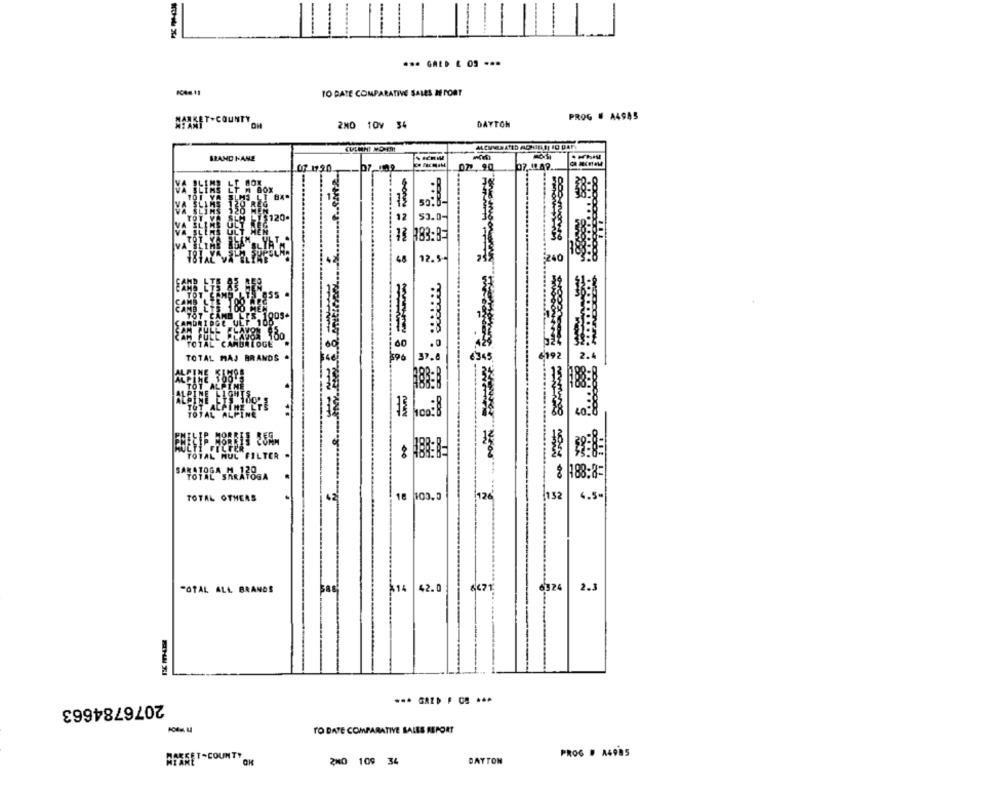
... GALD & 03 ...
TO DATE COMPARATIVE SALES ME PORT
PROG # A4985
2NO TOV 34
DAYTON
BRAND NAME
-07-102
077.90
07 1720.
-
M BOX
12
15120-
53.0-
12 083:B=
48
12.5-
AM PULL PLAVOR 100
TOTAL CAMBRIDGE
TOTAL MAJ BRANDS
6192
2.
100
TOT ALPINE
ALPINE LIGHTS
ALPINE FILMLOS
TGT
3
TOTAL ALPINE
100:8
8
TOTAL NUL FILTER
SARATOGA M 120
TOTAL SARATOGA
188:8:
== ==
TOTAL OTHERS
18 103.3
126
132
4.5-
6671
6324
-OTAL ALL BRANDS
414
42.0
2.3
2076784663
TO DATE COMPARATIVE SALES REPORT
ARESET-COUNTY
PROG # 14935
2MO 109 34
DAYTON